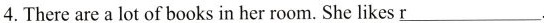
4.There are a lot of books in her room. She likes \underline{r}.